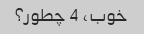
خوب، 4 چطور؟